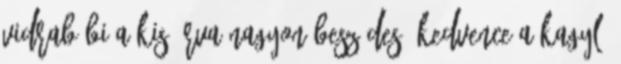
vidrabébi A kis árva nagyon beszédes, kedvence a kagyló